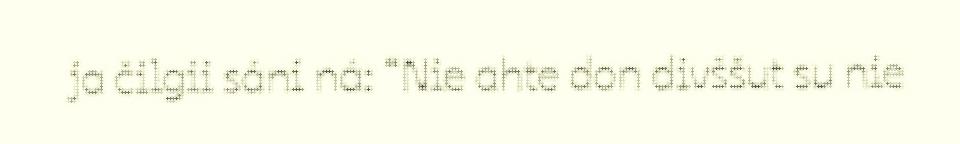
ja čilgii sáni ná: “Nie ahte don divššut su nie